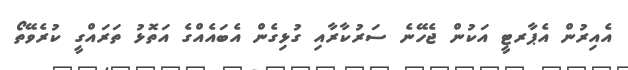
އެއިރުން އެޕާރޓީ އަކުން ޖެހޭނެ ސަރުކާރާއި ގުޅިގެން އެބައެއްގެ އަތޮޅު ތަރައްގީ ކުރެވޭތޯ